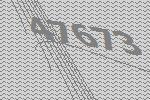
47673